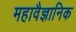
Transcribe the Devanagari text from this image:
महावैज्ञानिक